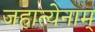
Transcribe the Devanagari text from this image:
जहात्येनाम्‌